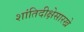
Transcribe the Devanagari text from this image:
शांतिदीक्षेसारखे